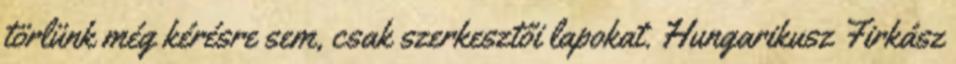
törlünk még kérésre sem, csak szerkesztői lapokat. Hungarikusz Firkász